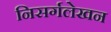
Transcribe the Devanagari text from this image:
निसर्गलेखन